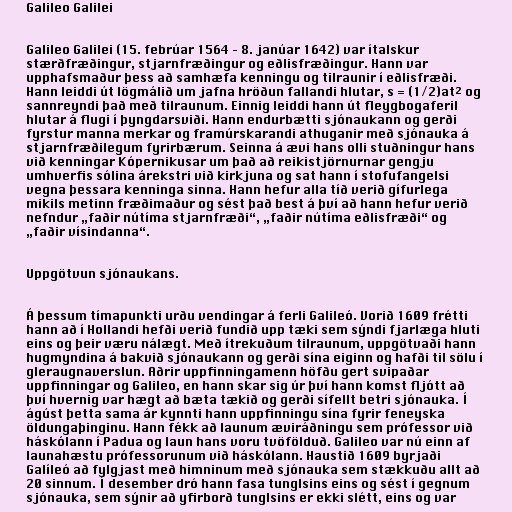
Galileo Galilei

Galileo Galilei (15. febrúar 1564 – 8. janúar 1642) var ítalskur
stærðfræðingur, stjarnfræðingur og eðlisfræðingur. Hann var
upphafsmaður þess að samhæfa kenningu og tilraunir í eðlisfræði.
Hann leiddi út lögmálið um jafna hröðun fallandi hlutar, s = (1/2)at² og
sannreyndi það með tilraunum. Einnig leiddi hann út fleygbogaferil
hlutar á flugi í þyngdarsviði. Hann endurbætti sjónaukann og gerði
fyrstur manna merkar og framúrskarandi athuganir með sjónauka á
stjarnfræðilegum fyrirbærum. Seinna á ævi hans olli stuðningur hans
við kenningar Kópernikusar um það að reikistjörnurnar gengju
umhverfis sólina árekstri við kirkjuna og sat hann í stofufangelsi
vegna þessara kenninga sinna. Hann hefur alla tíð verið gífurlega
mikils metinn fræðimaður og sést það best á því að hann hefur verið
nefndur „faðir nútíma stjarnfræði“, „faðir nútíma eðlisfræði“ og
„faðir vísindanna“.

Uppgötvun sjónaukans.

Á þessum tímapunkti urðu vendingar á ferli Galileó. Vorið 1609 frétti
hann að í Hollandi hefði verið fundið upp tæki sem sýndi fjarlæga hluti
eins og þeir væru nálægt. Með ítrekuðum tilraunum, uppgötvaði hann
hugmyndina á bakvið sjónaukann og gerði sína eiginn og hafði til sölu í
gleraugnaverslun. Aðrir uppfinningamenn höfðu gert svipaðar
uppfinningar og Galileo, en hann skar sig úr því hann komst fljótt að
því hvernig var hægt að bæta tækið og gerði sífellt betri sjónauka. Í
ágúst þetta sama ár kynnti hann uppfinningu sína fyrir feneyska
öldungaþinginu. Hann fékk að launum æviráðningu sem prófessor við
háskólann í Padua og laun hans voru tvöfölduð. Galileo var nú einn af
launahæstu prófessorunum við háskólann. Haustið 1609 byrjaði
Galíleó að fylgjast með himninum með sjónauka sem stækkuðu allt að
20 sinnum. Í desember dró hann fasa tunglsins eins og sést í gegnum
sjónauka, sem sýnir að yfirborð tunglsins er ekki slétt, eins og var